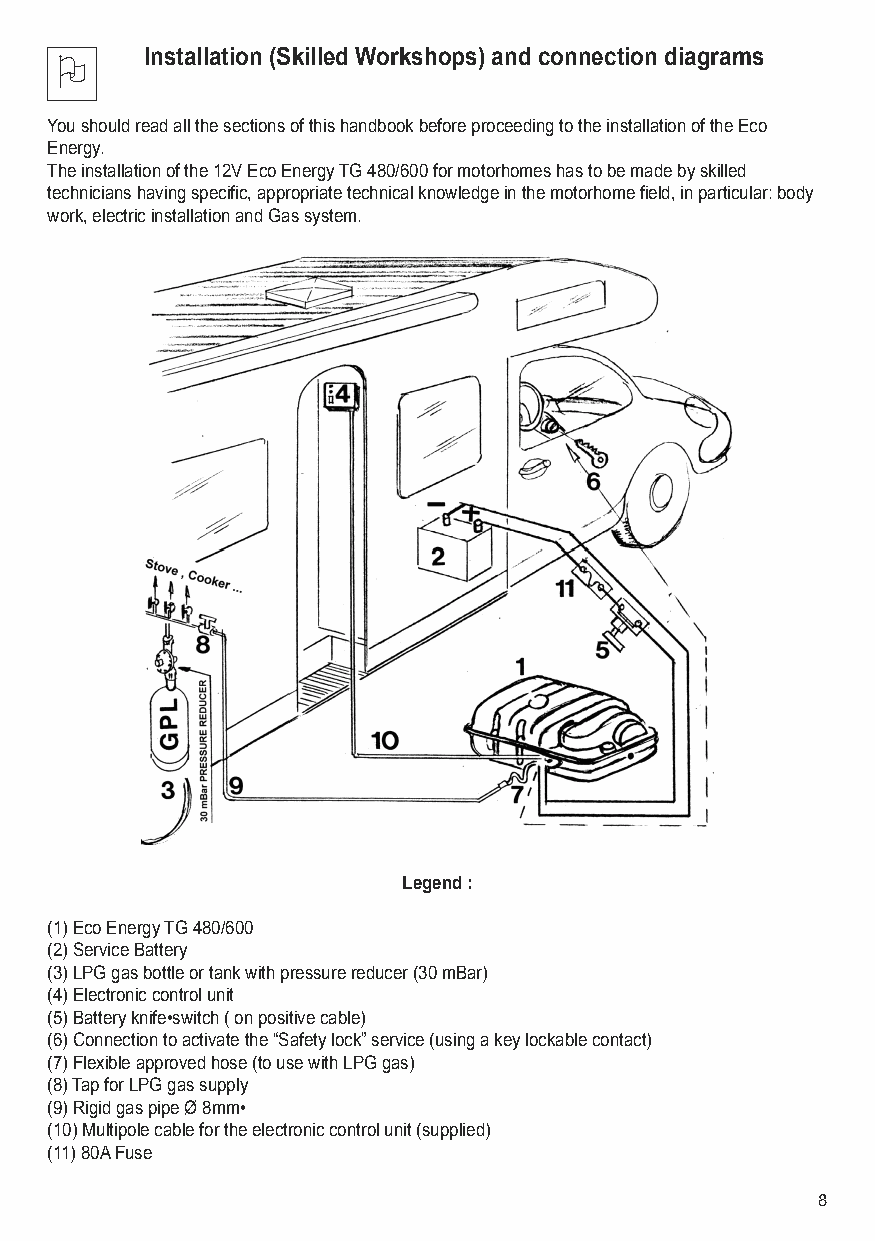
Installation (Skilled Workshops) and connection diagrams
 O
 You should read all the sections of this handbook before proceeding to the installation of the Eco
 Energy.
 The installation of the 12V Eco Energy TG 480/600 for motorhomes has to be made by skilled
 technicians having specific, appropriate technical knowledge in the motorhome field, in particular: body
 work, electric installation and Gas system.
 Legend :
 (1) Eco Energy TG 480/600
 (2) Service Battery
 (3) LPG gas bottle or tank with pressure reducer (30 mBar)
 (4) Electronic control unit
 (5) Battery knife•switch ( on positive cable)
 (6) Connection to activate the “Safety lock” service (using a key lockable contact)
 (7) Flexible approved hose (to use with LPG gas)
 (8) Tap for LPG gas supply
 (9) Rigid gas pipe Ø 8mm•
 (10) Multipole cable for the electronic control unit (supplied)
 (11) 80A Fuse
 8